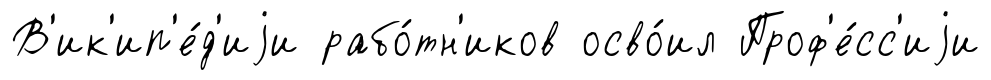
В'ик'ип'е́д'иjи рабо́тн'иков осво́ил Проф'е́сс'иjи